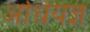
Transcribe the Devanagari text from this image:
अधियज्ञ